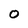
Character: 0